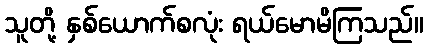
သူတို့ နှစ်ယောက်စလုံး ရယ်မောမိကြသည်။